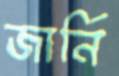
জার্নি